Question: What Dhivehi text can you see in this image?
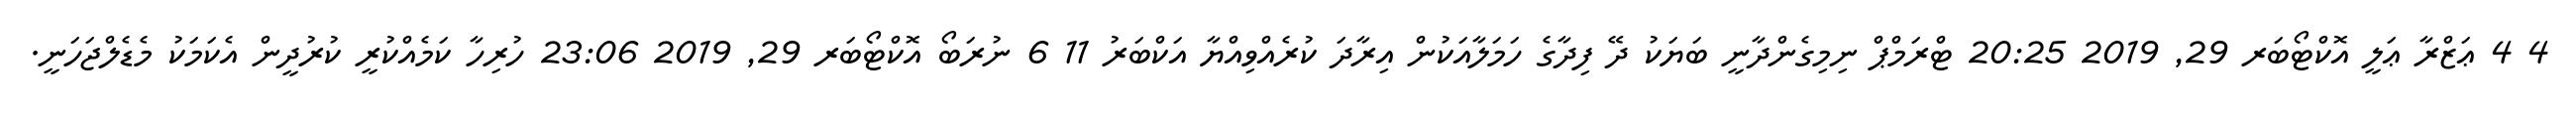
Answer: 4 4 ޢަޒްރާ ޢަލީ އޮކްޓޯބަރ 29, 2019 20:25 ޓްރަމްޕް ނިމިގެންދާނީ ބަޔަކު ދޭ ފިދާގެ ހަމަލާއަކުން އިރާދަ ކުރެއްވިއްޔާ އަކްބަރު 11 6 ނުރަބޯ އޮކްޓޯބަރ 29, 2019 23:06 ހުރިހާ ކަމެއްކުރީ ކުރުދީން އެކަމަކު މެޑެލްޖަހަނީ.